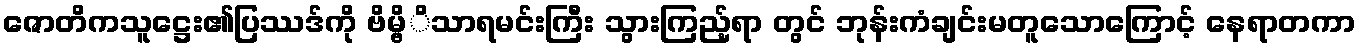
ဇောတိကသူဋ္ဌေး၏ပြဿဒ်ကို ဗိမ္ဗိိသာရမင်းကြီး သွားကြည့်ရာ တွင် ဘုန်းကံချင်းမတူသောကြောင့် နေရာတကာ